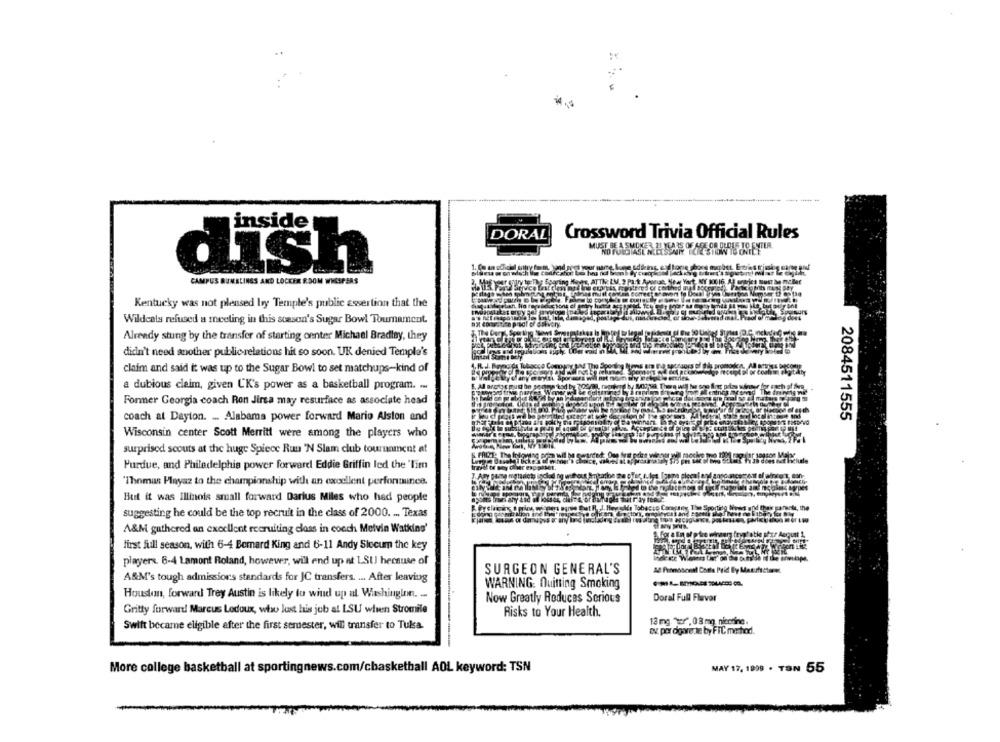
inside
DORAL
Crossword Trivia Official Rules
MUST BE A SMOKER, 21 YEARS OF AGE OR OLDER TO ENTER.
dish
CAMPUS RUMBLINGS AND LOCKER ROOM WHISPERS
Kentucky was not plensed by Temple's public assertion that the
Wildcats refused a meeting in this season's Sugar Bowl Toumament.
Already stung by the transfer of starting center Michael Bradley, they
didn't need another publicrelations hit so soon. UK denied Templa's
claim and said it was up to the Sugar Bowl to set matchups-kind of
a dubious claim, given UK's power as a basketball program. ...
Former Georgia coach Ron Jirsa may resurface as associate head
2084511555
coach at Dayton. ... Alabama power forward Mario Alston and
Wisconsin center Scott Merritt were among the players who
surprised scouts at the huge Spiece Run 'N Slam club tournament at
Purdue, and Philadelphia power forward Eddie Griffin led the 'Tim
'Thomas Playaz to the championship with an excellent perfonnunca.
But it was Illinois small forward Darius Miles who had people
suggesting he could be the top recruit in the class of 2000. ... Texas
The Sporting News and
the
A&M gathered an execlient recruiting class in coach Melvin Watkins'
first full season, with 6-4 Bemard King and 6-11 Andy Slocum the key
players. 6-4 Lamont Roland, however, wil end up at LSU because of
SURGEON GENERAL'S
A&M's tough admissions standards for JC transfers. ... After leaving
WARNING: Quitting Smoking
Houston, forward Trey Austin is likely to wind up al Washington. ...
Now Greatly Roducas Serious
Doral Full Flavor
Gritty forward! Marcus Ledoux, who last his job at LSU when Stromile
Risks to Your Health.
13 mg. wer", 08 mg nicotina.
Swift became eligible after the first semester, will transfer to Tulsa.
ov por digarede by FIC method.
More college basketball at sportingnews.com/cbasketball AOL keyword: TSN
MAY 17, 1999 . TSN 55